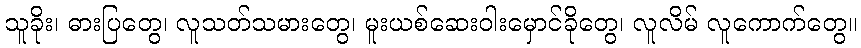
သူခိုး၊ ဓားပြတွေ၊ လူသတ်သမားတွေ၊ မူးယစ်ဆေးဝါးမှောင်ခိုတွေ၊ လူလိမ် လူကောက်တွေ။